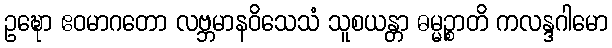
ဥဍ္ဎော ဧဝမာဂတော လဗ္ဘမာနဝိသေသံ သူစယန္တာ ဓမ္မဉ္စာတိ ကလန္ဒဂါမော